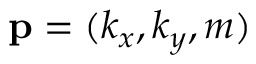
\mathbf { p } = ( k _ { x } , k _ { y } , m )